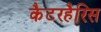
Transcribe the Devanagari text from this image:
कैटरहैरिस